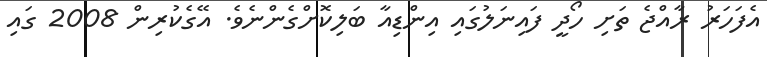
އެފަހަރު ރާއްޖެ ތަށި ހޯދީ ފައިނަލުގައި އިންޑިއާ ބަލިކޮށްގެންނެވެ. އޭގެކުރިން 2008 ގައި